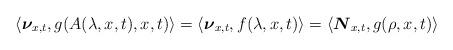
LaTeX: \begin{align*}\langle{\boldsymbol{\nu}}_{x,t},g(A(\lambda,x,t),x,t)\rangle=\langle{\boldsymbol{\nu}}_{x,t},f(\lambda,x,t)\rangle=\langle{\boldsymbol{N}}_{x,t},g(\rho,x,t)\rangle\end{align*}